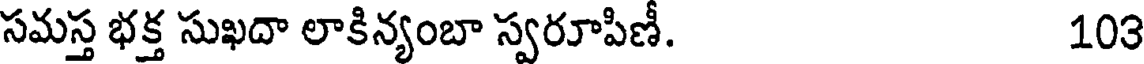
సమస్త భక్త సుఖదా లాకిన్యంబా స్వరూపిణీ. 103